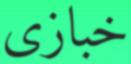
خبازى